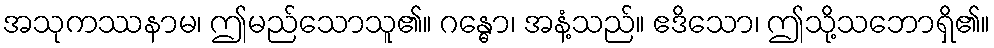
အသုကဿနာမ၊ ဤမည်သောသူ၏။ ဂန္ဓော၊ အနံ့သည်။ ဧဒိသော၊ ဤသို့သဘောရှိ၏။